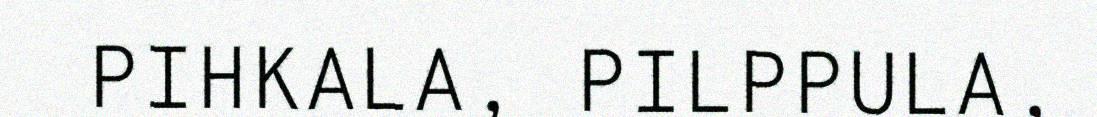
PIHKALA, PILPPULA,